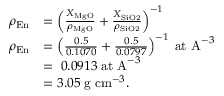
\begin{array} { r l } { \rho _ { \mathrm { E n } } } & { = \left( \frac { X _ { \mathrm { M g O } } } { \rho _ { \mathrm { M g O } } } + \frac { X _ { \mathrm { S i O 2 } } } { \rho _ { \mathrm { S i O 2 } } } \right) ^ { - 1 } } \\ { \rho _ { \mathrm { E n } } } & { = \left( \frac { 0 . 5 } { 0 . 1 0 7 0 } + \frac { 0 . 5 } { 0 . 0 7 9 7 } \right) ^ { - 1 } \; \mathrm { a t ~ A } ^ { - 3 } } \\ & { = \; 0 . 0 9 1 3 \; \mathrm { a t ~ A } ^ { - 3 } } \\ & { = 3 . 0 5 \; \mathrm { g ~ c m } ^ { - 3 } . } \end{array}